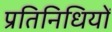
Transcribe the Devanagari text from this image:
प्रतिनिधियों